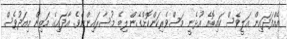
އެއްފަދައިން އަލީވެސް ކައިބޮއެ އުޅެނީ މަސްވެރިކަންކޮށްގެން ލިބޭ މުސާރައިންނެވެ. އާދައިގެ މަތިން މިއަދުވެސް